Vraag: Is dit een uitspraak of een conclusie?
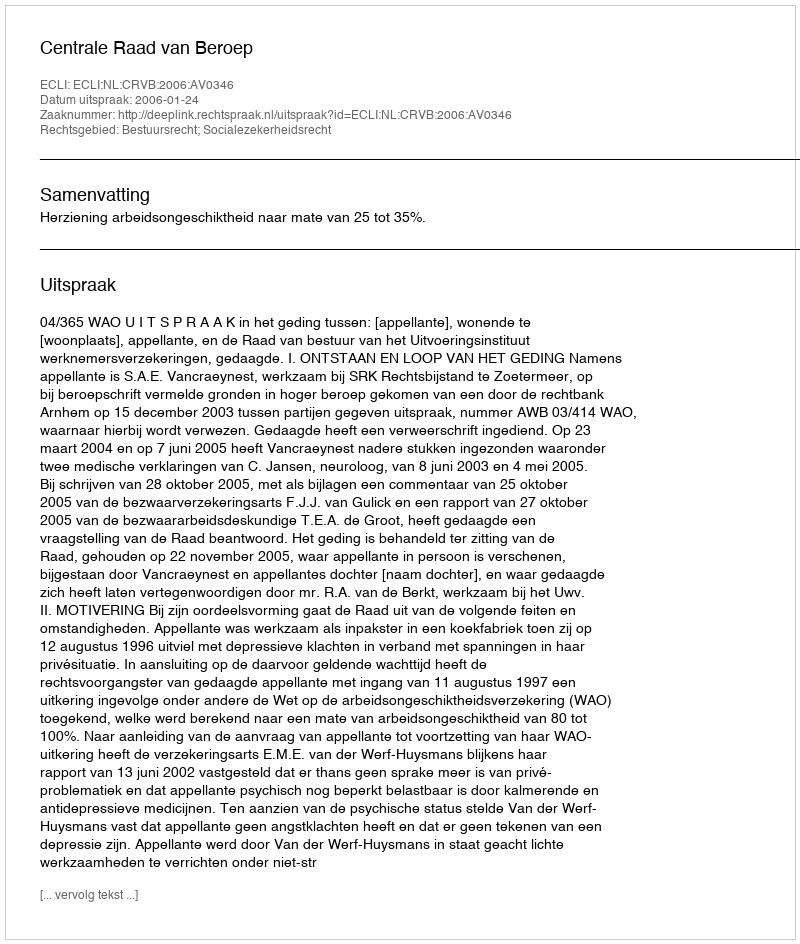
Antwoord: Uitspraak